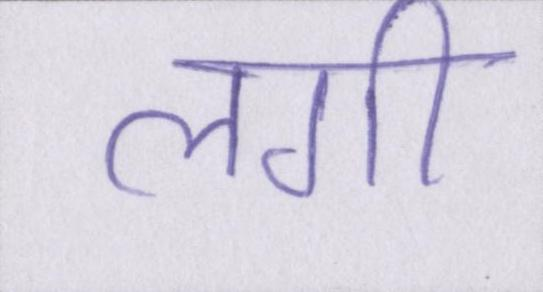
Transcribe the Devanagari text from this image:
लगी